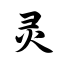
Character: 灵